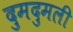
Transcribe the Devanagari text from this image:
दुमदुमली